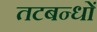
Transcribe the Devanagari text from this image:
तटबन्धों